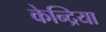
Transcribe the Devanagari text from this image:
केन्द्रिया